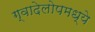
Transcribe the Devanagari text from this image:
ग्वादेलोपमध्ये